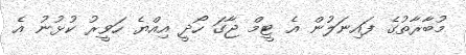
މުބާރާތުގެ ފައިނަލުން އެ ޓީމް ޖާގަ ހޯދީ އިއްޔެ ހަވީރު ކުޅުނު އެ